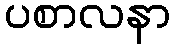
ပစာလနာ